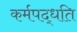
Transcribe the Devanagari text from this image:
कर्मपद्धति